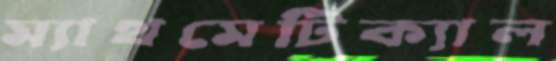
ম্যাথমেটিক্যাল